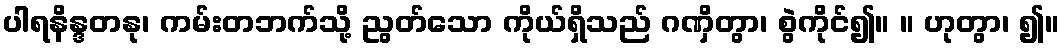
ပါရနိန္ဒတနု၊ ကမ်းတဘက်သို့ ညွတ်သော ကိုယ်ရှိသည် ဂဏှိတွာ၊ စွဲကိုင်၍။ ။ ဟုတွာ၊ ၍။